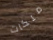
ملكات